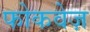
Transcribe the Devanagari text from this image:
फोकवेज़